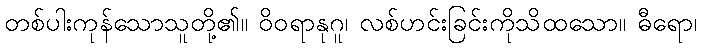
တစ်ပါးကုန်သောသူတို့၏။ ဝိဝရာနုဂူ၊ လစ်ဟင်းခြင်းကိုသိထသော။ ဓီရော၊